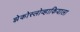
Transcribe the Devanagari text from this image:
झेकोस्लोव्हाकियाला